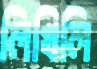
লিখিলি